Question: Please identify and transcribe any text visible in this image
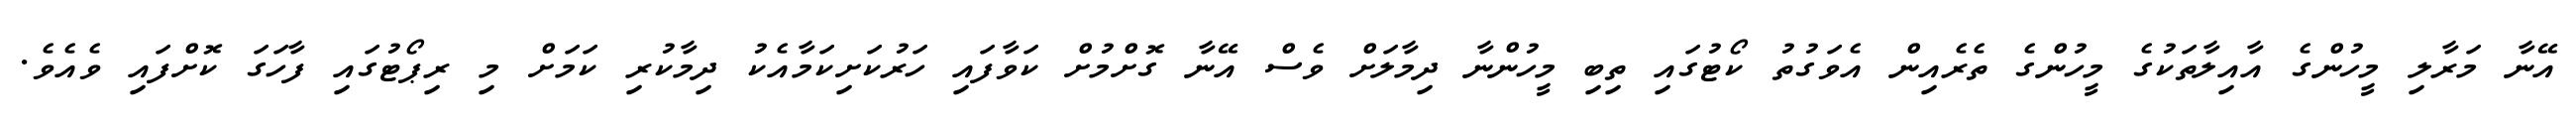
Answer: އޭނާ މަރާލި މީހުންގެ އާއިލާތަކުގެ މީހުންގެ ތެރެއިން އެވަގުތު ކޯޓުގައި ތިބި މީހުންނާ ދިމާލަށް ވެސް އޭނާ ގޮށްމުށް ކަވާފައި ހަރުކަށިކަމާއެކު ދިމާކުރި ކަމަށް މި ރިޕޯޓުގައި ފާހަގަ ކޮށްފައި ވެއެވެ.